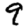
Digit: 9